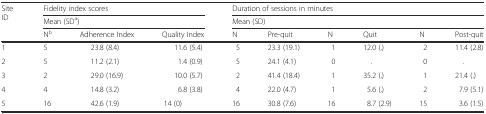
<table><thead><tr><td rowspan="3"><b>Site ID</b></td><td colspan="3"><b>Fidelity index scores</b></td><td colspan="6"><b>Duration of sessions in minutes</b></td></tr><tr><td colspan="3"><b>Mean (SD<sup>a</sup>)</b></td><td colspan="6"><b>Mean (SD)</b></td></tr><tr><td><b>N<sup>b</sup></b></td><td><b>Adherence Index</b></td><td><b>Quality Index</b></td><td><b>N</b></td><td><b>Pre-quit</b></td><td><b>N</b></td><td><b>Quit</b></td><td><b>N</b></td><td><b>Post-quit</b></td></tr></thead><tbody><tr><td>1</td><td>5</td><td>23.8 (8.4)</td><td>11.6 (5.4)</td><td>5</td><td>23.3 (19.1)</td><td>1</td><td>12.0 (.)</td><td>2</td><td>11.4 (2.8)</td></tr><tr><td>2</td><td>5</td><td>11.2 (2.1)</td><td>1.4 (0.9)</td><td>5</td><td>24.1 (4.1)</td><td>0</td><td>.</td><td>0</td><td>.</td></tr><tr><td>3</td><td>2</td><td>29.0 (16.9)</td><td>10.0 (5.7)</td><td>2</td><td>41.4 (18.4)</td><td>1</td><td>35.2 (.)</td><td>1</td><td>21.4 (.)</td></tr><tr><td>4</td><td>4</td><td>14.8 (3.2)</td><td>6.8 (3.8)</td><td>4</td><td>22.0 (4.7)</td><td>1</td><td>5.6 (.)</td><td>2</td><td>7.9 (5.1)</td></tr><tr><td>5</td><td>16</td><td>42.6 (1.9)</td><td>14 (0)</td><td>16</td><td>30.8 (7.6)</td><td>16</td><td>8.7 (2.9)</td><td>15</td><td>3.6 (1.5)</td></tr></tbody></table>